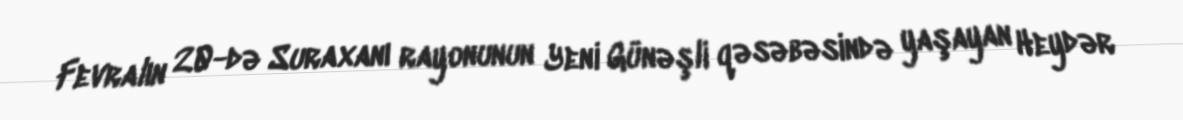
Fevralın 20-də Suraxanı rayonunun Yeni Günəşli qəsəbəsində yaşayan Heydər